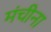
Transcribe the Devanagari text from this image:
मंचीना